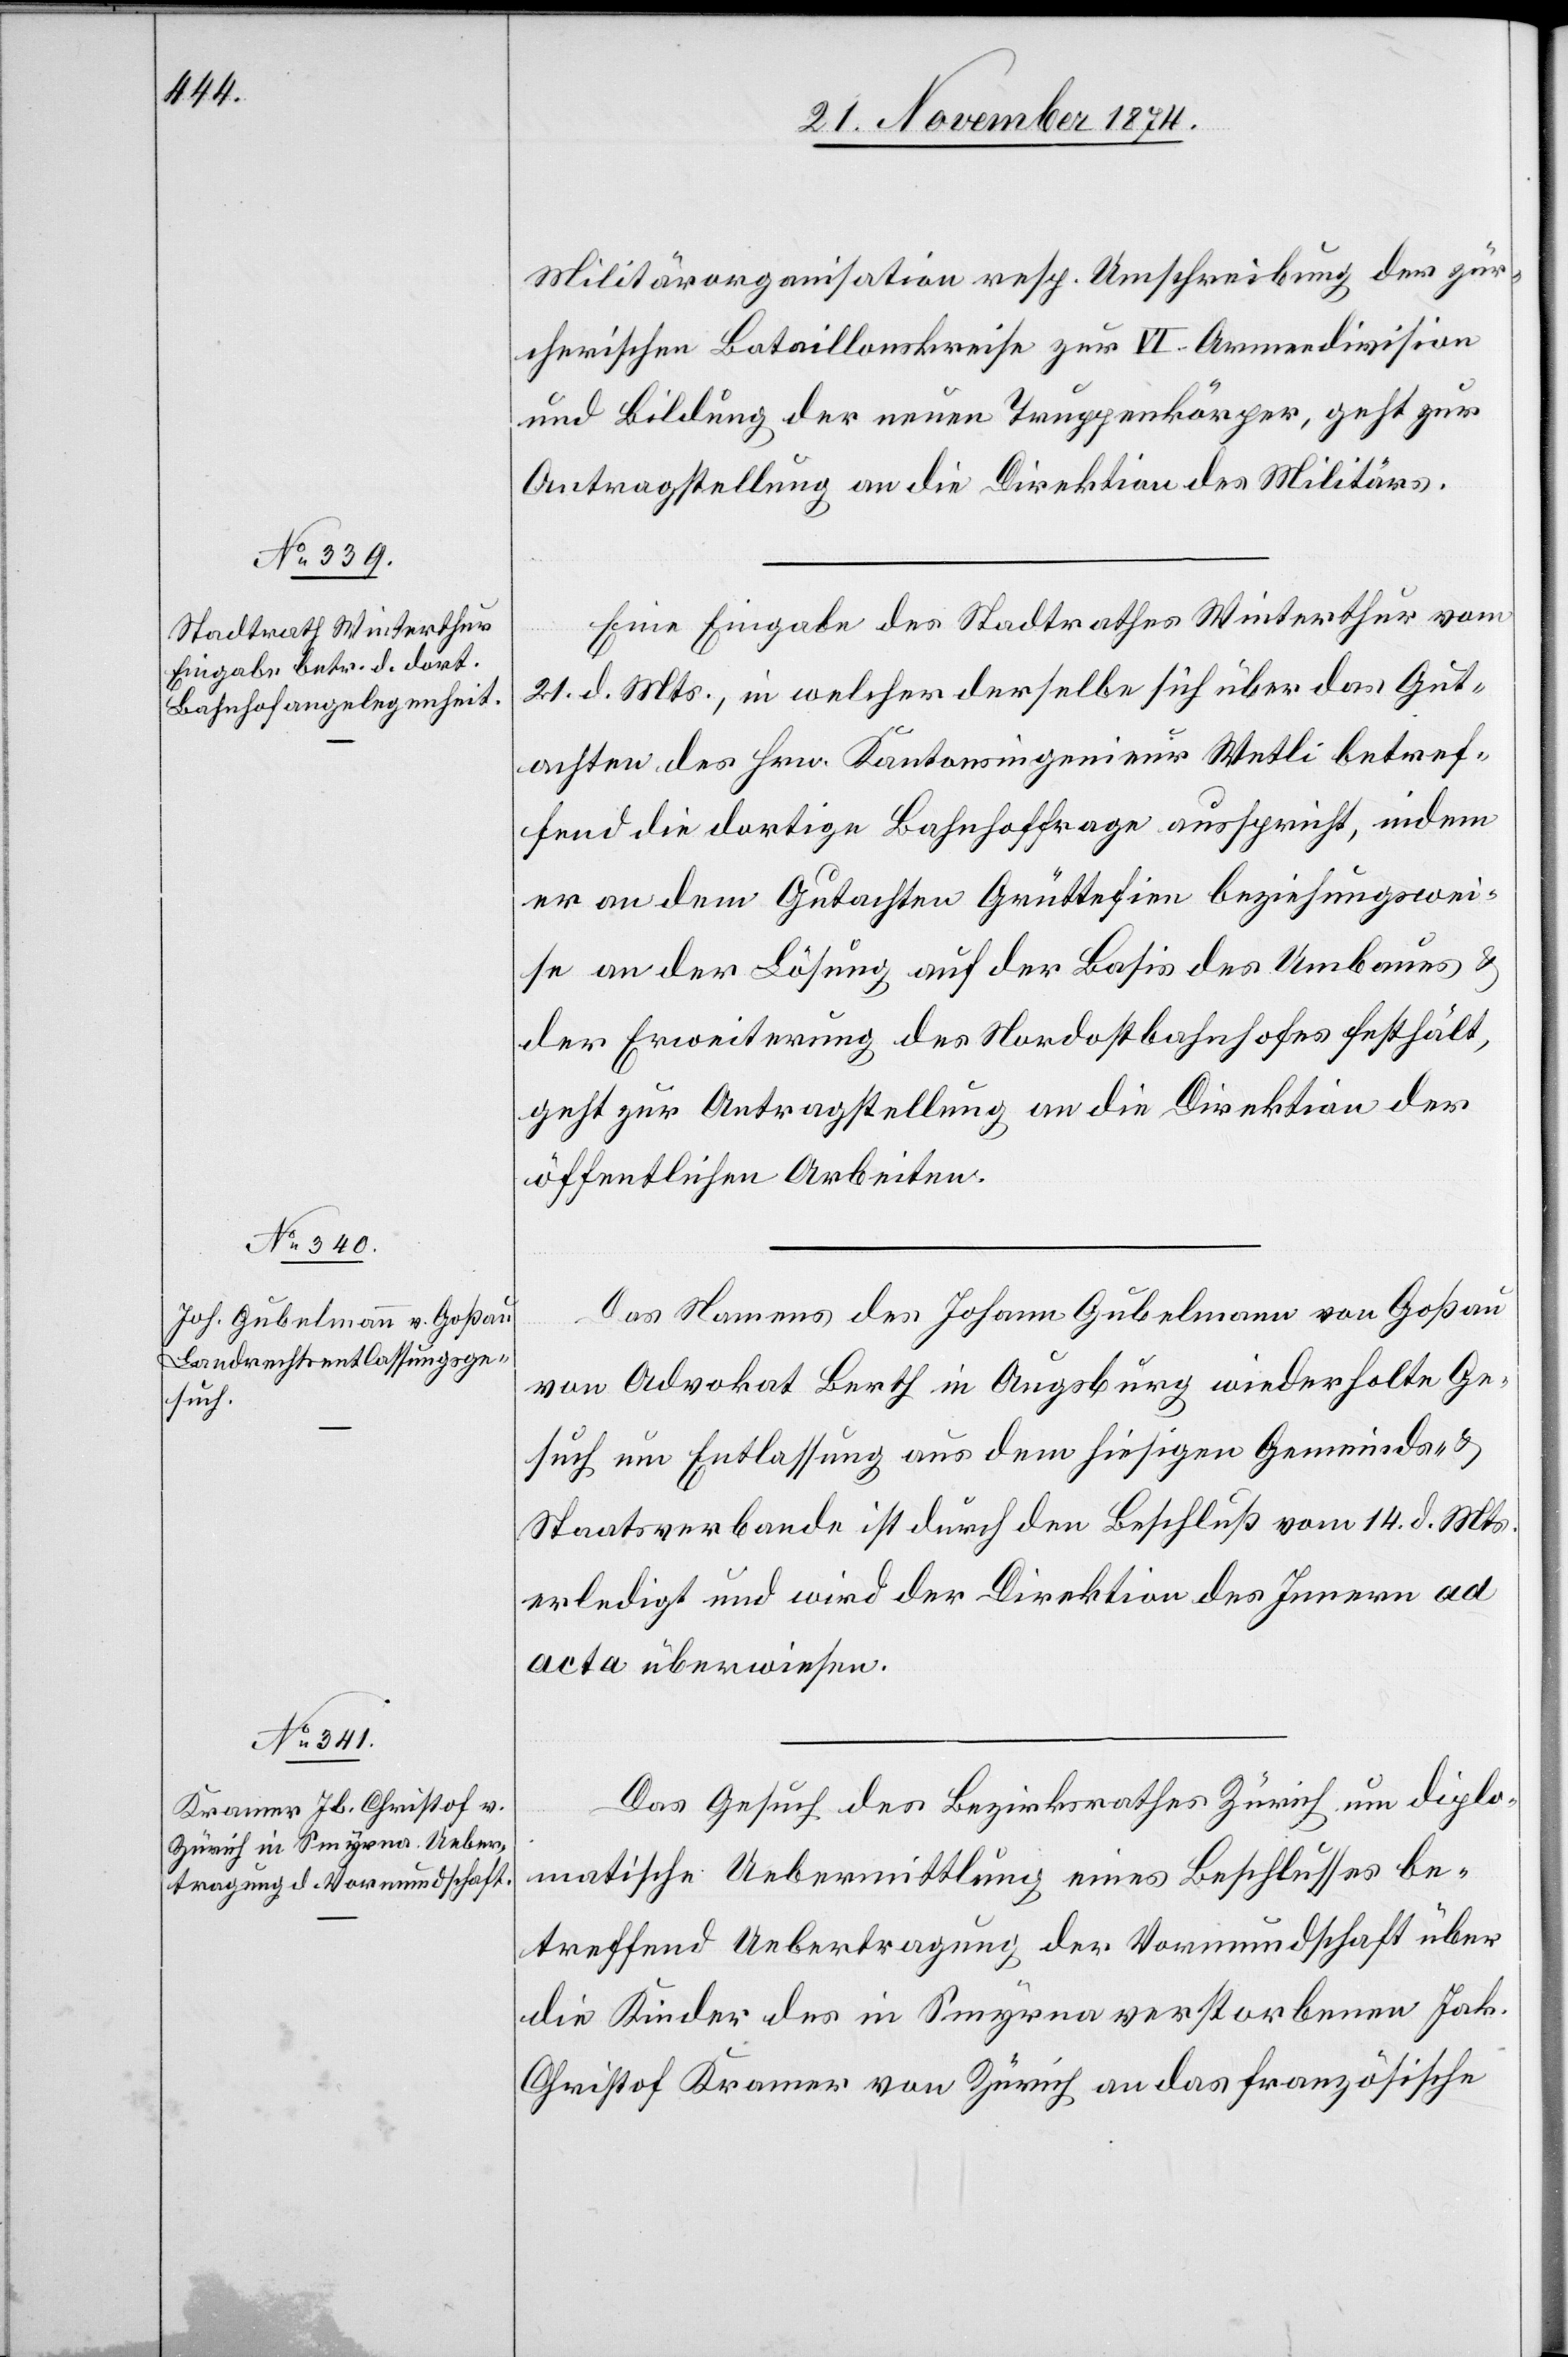
23. November 1874.]
Militärorganisation resp. Umschreibung der zür¬
cherischen Bataillonskreise zur VI. Armeedivision
und Bildung der neuen Truppenkörper, geht zur
Antragstellung an die Direktion des Militärs.
Eine Eingabe des Stadtrathes Winterthur vom
21. d. Mts., in welcher derselbe sich über das Gut¬
achten des Hrn. Kantonsingenieur Wetli betref¬
fend die dortige Bahnhoffrage ausspricht, indem
er an dem Gutachten Grüttefien beziehungswei¬
se an der Lösung auf der Basis des Umbaues &
der Erweiterung des Nordostbahnhofes festhält,
geht zur Antragstellung an die Direktion der
öffentlichen Arbeiten.
Das Namens des Johann Gubelmann von Goßau
von Advokat Berth in Augsburg wiederholte Ge¬
such um Entlassung aus dem hiesigen Gemeinds- &
Staatsverbande ist durch den Beschluß vom 14. d. Mts.
erledigt und wird der Direktion des Innern ad
acta überwiesen.
Das Gesuch des Bezirksrathes Zürich um diplo¬
matische Uebermittlung eines Beschlusses be¬
treffend Uebertragung der Vormundschaft über
die Kinder des in Smyrna verstorbenen Jak.
Christof Kramer von Zürich an das französische